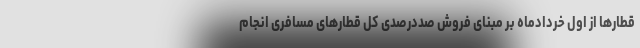
قطارها از اول خردادماه بر مبنای فروش صددرصدی کل قطارهای مسافری انجام